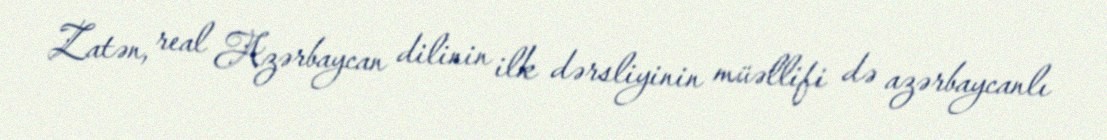
Zatən, real Azərbaycan dilinin ilk dərsliyinin müəllifi də azərbaycanlı